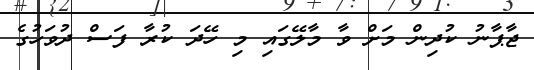
ޖާޕާނު ކުދިން މަށް ވާ މާލޭގައި މި ހޭދަ ކުރާ ފަސް ދުވަހުގެ